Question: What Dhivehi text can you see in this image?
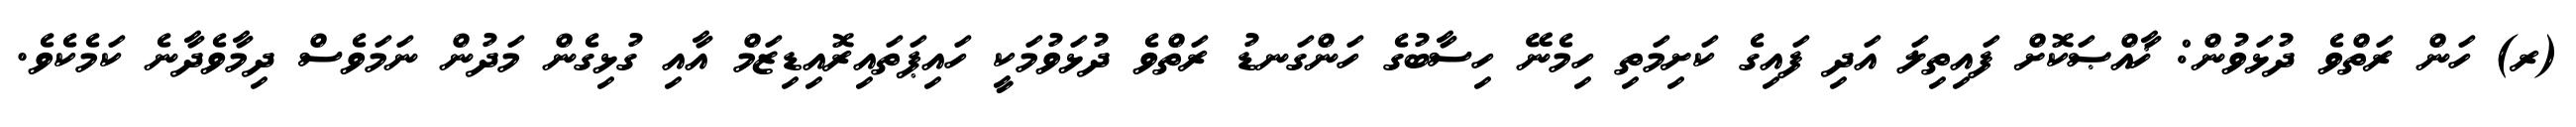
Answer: (ރ) ހަން ރަތްވެ ދުޅަވުން: ޚާއްޞަކޮށް ފައިތިލަ އަދި ފައިގެ ކަށިމަތި ހިމެނޭ ހިސާބުގެ ހަންގަނޑު ރަތްވެ ދުޅަވުމަކީ ހައިޕަތައިރޮއިޑިޒަމް އާއި ގުޅިގެން މަދުން ނަމަވެސް ދިމާވެދާނެ ކަމެކެވެ.